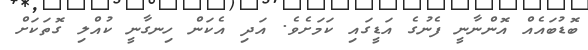
ބޮޑުބައެއް އޮންނާނީ ފެނުގެ އަޑީގައި ކަމަށެވެ. އަދި އެކަން ހިނގާނީ ކުއްލި ގޮތަކަށް